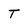
Character: T